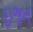
ઇજન